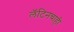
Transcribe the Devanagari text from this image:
लॅटिनचाही